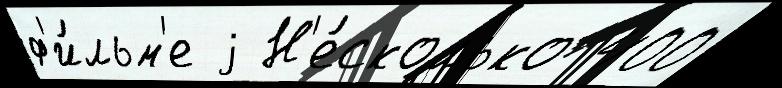
ф'и́льм'е j Н'е́сколько 400